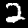
Label: 2